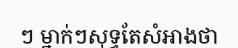
ៗ ម្នាក់ៗសុទ្ធតែសំអាងថា